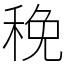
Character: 䅋